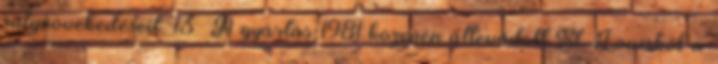
súlynövekedéseit. 13 A gyártás 1981 közepén áttevődött St. Louisból a